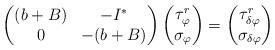
LaTeX: \begin{align*}\left(\begin{matrix} (b+B)&-I^*\\0&-(b+B)\end{matrix}\right)\left(\begin{matrix}\tau^r_\varphi\\ \sigma_\varphi\end{matrix}\right)=\left(\begin{matrix}\tau^r_{\delta\varphi}\\ \sigma_{\delta\varphi}\end{matrix}\right)\end{align*}